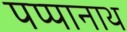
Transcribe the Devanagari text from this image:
पप्पानाथ